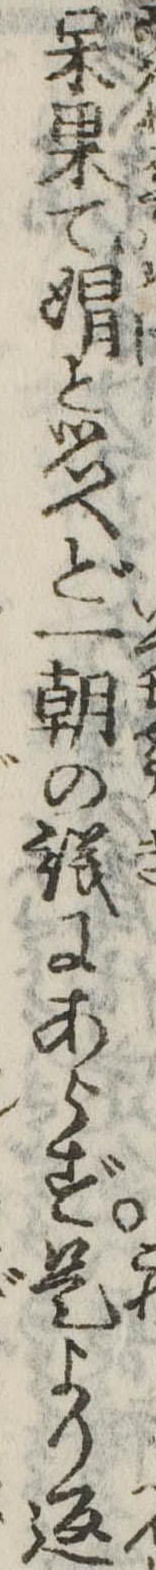
呆果てと思へど一朝の議にあらず是より返